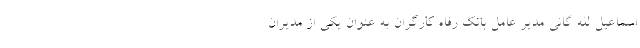
اسماعیل لله گانی مدیر عامل بانک رفاه کارگران به عنوان یکی از مدیران